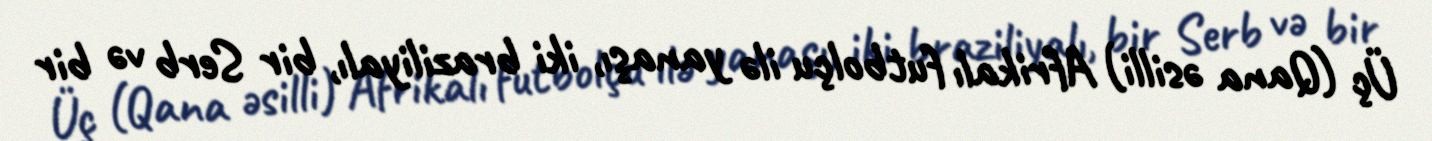
Üç (Qana əsilli) Afrikalı futbolçu ilə yanaşı, iki braziliyalı, bir Serb və bir